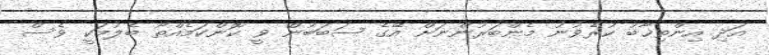
އަދި އިންތިޚާބު ކުރެވުނު މެންބަރުންނަށް އޭގެ ސަބަބުން ވީ ކޮންކަމެއްތޯ ބެލުމަކީ ވެސް